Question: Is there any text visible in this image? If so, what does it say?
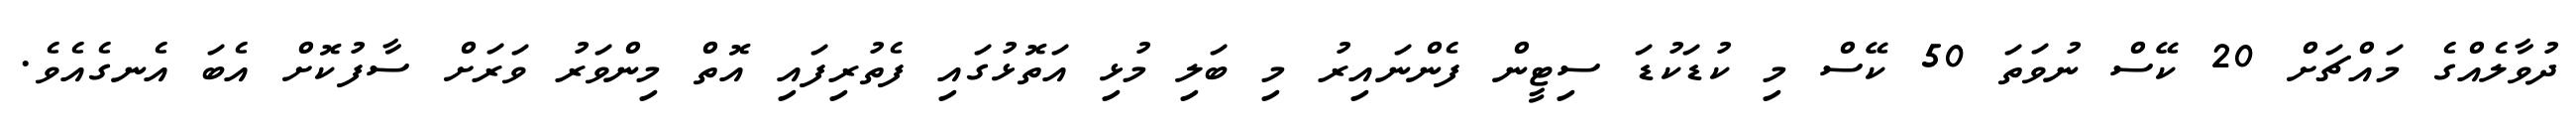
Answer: ދުވާލެއްގެ މައްޗަށް 20 ކޭސް ނުވަތަ 50 ކޭސް މި ކުޑަކުޑަ ސިޓީން ފެންނައިރު މި ބަލި މުޅި އަތޮޅުގައި ފެތުރިފައި އޮތް މިންވަރު ވަރަށް ސާފުކޮށް އެބަ އެނގެއެވެ.